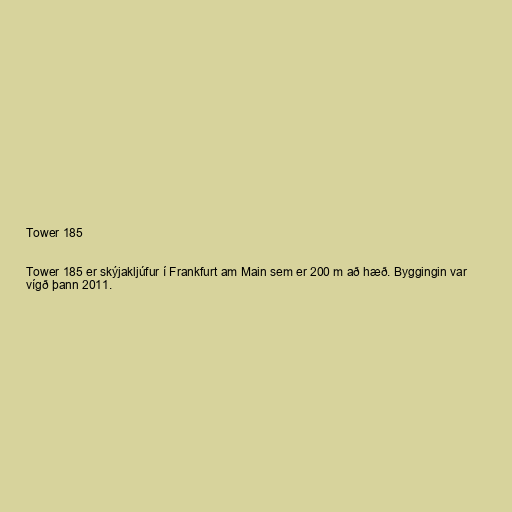
Tower 185

Tower 185 er skýjakljúfur í Frankfurt am Main sem er 200 m að hæð. Byggingin var
vígð þann 2011.